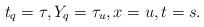
LaTeX: \begin{align*}t_q = \tau, Y_q = \tau_u, x = u, t = s.\end{align*}